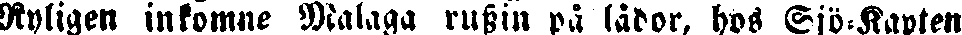
Nyligen inkomne Malaga russin på lådor, hos Sjö-Kapten